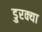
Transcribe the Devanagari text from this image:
डुरक्या